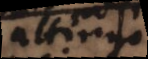
attingo